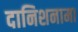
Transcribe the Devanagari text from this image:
दानिशनामा